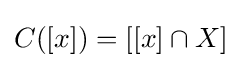
C([x])=[[x]\cap X]